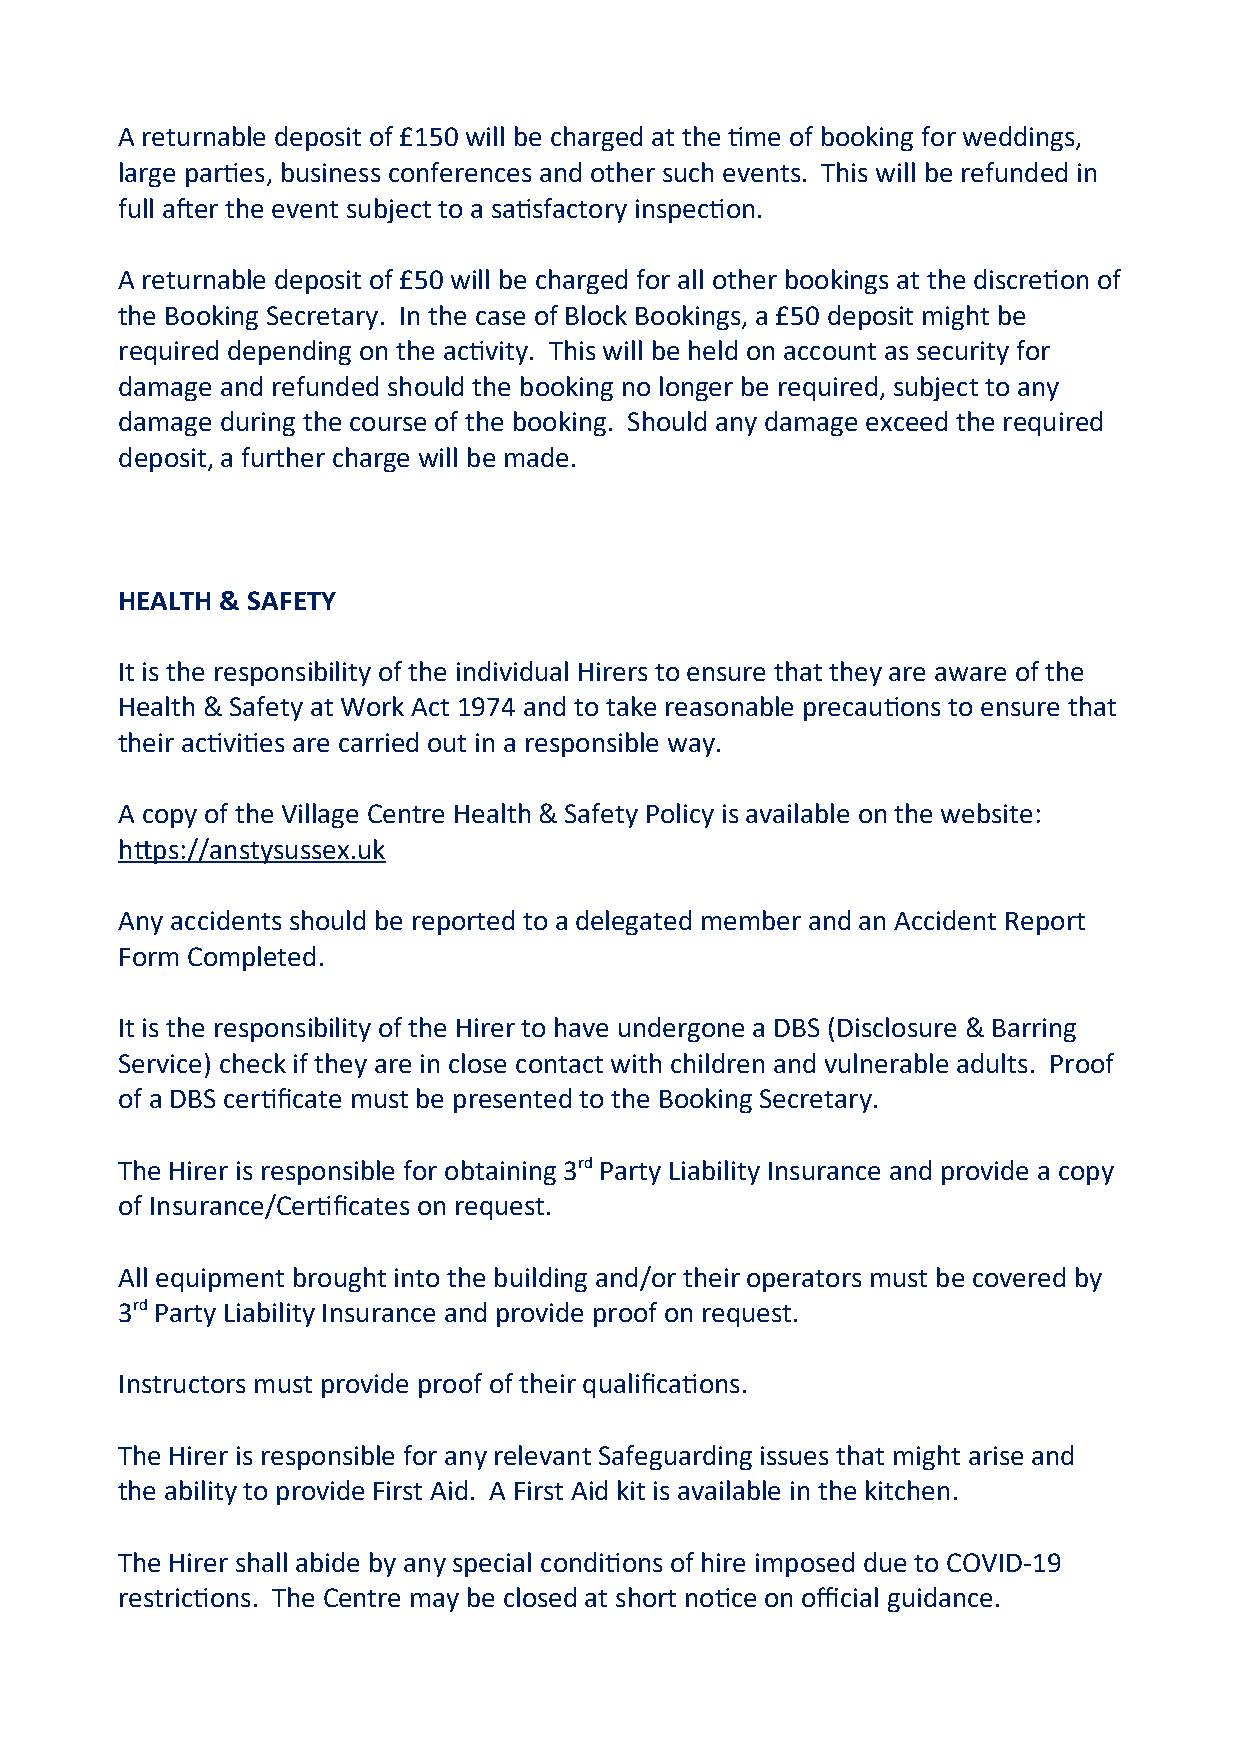
A returnable deposit of £150 will be charged at the time of booking for weddings,
 large parties, business conferences and other such events. This will be refunded in
 full after the event subject to a satisfactory inspection.
 A returnable deposit of £50 will be charged for all other bookings at the discretion of
 the Booking Secretary. In the case of Block Bookings, a £50 deposit might be
 required depending on the activity. This will be held on account as security for
 damage and refunded should the booking no longer be required, subject to any
 damage during the course of the booking. Should any damage exceed the required
 deposit, a further charge will be made.
 HEALTH & SAFETY
 It is the responsibility of the individual Hirers to ensure that they are aware of the
 Health & Safety at Work Act 1974 and to take reasonable precautions to ensure that
 their activities are carried out in a responsible way.
 A copy of the Village Centre Health & Safety Policy is available on the website:
 https://anstysussex.uk
 Any accidents should be reported to a delegated member and an Accident Report
 Form Completed.
 It is the responsibility of the Hirer to have undergone a DBS (Disclosure & Barring
 Service) check if they are in close contact with children and vulnerable adults. Proof
 of a DBS certificate must be presented to the Booking Secretary.
 The Hirer is responsible for obtaining 3rd Party Liability Insurance and provide a copy
 of Insurance/Certificates on request.
 All equipment brought into the building and/or their operators must be covered by
 3rd Party Liability Insurance and provide proof on request.
 Instructors must provide proof of their qualifications.
 The Hirer is responsible for any relevant Safeguarding issues that might arise and
 the ability to provide First Aid. A First Aid kit is available in the kitchen.
 The Hirer shall abide by any special conditions of hire imposed due to COVID-19
 restrictions. The Centre may be closed at short notice on official guidance.